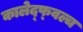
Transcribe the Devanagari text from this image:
कालेद्फ्वल्च